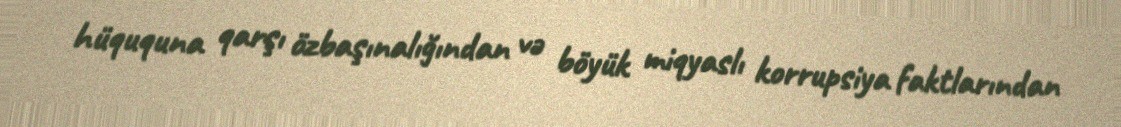
hüququna qarşı özbaşınalığından və böyük miqyaslı korrupsiya faktlarından